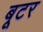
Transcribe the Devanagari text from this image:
बूटर